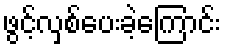
ဖွင့်လှစ်ပေးခဲ့ကြောင်း